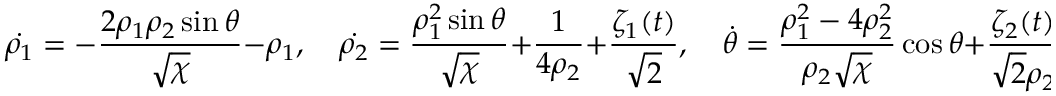
\dot { \rho _ { 1 } } = - \frac { 2 \rho _ { 1 } \rho _ { 2 } \sin \theta } { \sqrt { \chi } } - \rho _ { 1 } , \quad \dot { \rho _ { 2 } } = \frac { \rho _ { 1 } ^ { 2 } \sin \theta } { \sqrt { \chi } } + \frac { 1 } { 4 \rho _ { 2 } } + \frac { \zeta _ { 1 } ( t ) } { \sqrt { 2 } } , \quad \dot { \theta } = \frac { \rho _ { 1 } ^ { 2 } - 4 \rho _ { 2 } ^ { 2 } } { \rho _ { 2 } \sqrt { \chi } } \cos \theta + \frac { \zeta _ { 2 } ( t ) } { \sqrt { 2 } \rho _ { 2 } } ,